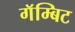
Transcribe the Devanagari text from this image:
गॅम्बिट